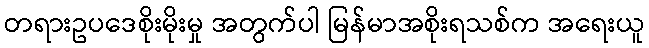
တရားဥပဒေစိုးမိုးမှု အတွက်ပါ မြန်မာအစိုးရသစ်က အရေးယူ